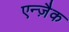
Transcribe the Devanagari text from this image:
एन्ज़ैक